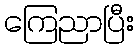
ကြေညာပြီး